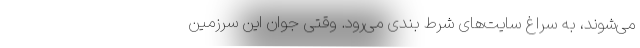
می‌شوند، به سراغ سایت‌‌های شرط بندی می‌رود. وقتی جوان این سرزمین